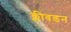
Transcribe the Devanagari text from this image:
क्लीवडन